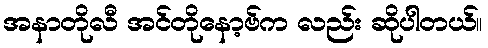
အနာတိုလီ အင်တိုနော့ဗ်က လည်း ဆိုပါတယ်။